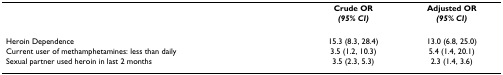
<table><thead><tr><td></td><td><b>Crude OR</b></td><td><b>Adjusted OR</b></td></tr><tr><td></td><td><b><i>(95% CI)</i></b></td><td><b><i>(95% CI)</i></b></td></tr></thead><tbody><tr><td>Heroin Dependence</td><td>15.3 (8.3, 28.4)</td><td>13.0 (6.8, 25.0)</td></tr><tr><td>Current user of methamphetamines: less than daily</td><td>3.5 (1.2, 10.3)</td><td>5.4 (1.4, 20.1)</td></tr><tr><td>Sexual partner used heroin in last 2 months</td><td>3.5 (2.3, 5.3)</td><td>2.3 (1.4, 3.6)</td></tr></tbody></table>